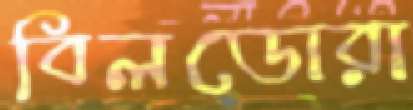
বিলডোরা